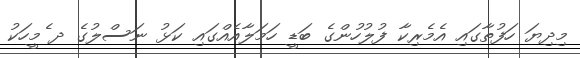
މިދިޔަ ހަފުތާގައި އެމެރިކާ ފުލުހުންގެ ބަޑީ ހަމަލާއެއްގައި ކަޅު ނަސްލުގެ ދ ެމީހަކު